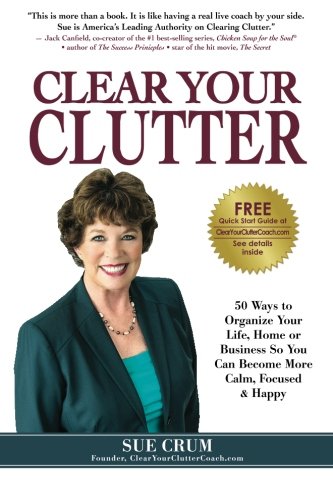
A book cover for Clear Your Clutter: 50 Ways to Organize Your Life, Home or Business So You Can Become More Calm, Focused & Happy; Sue Crum; Self-Help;